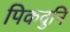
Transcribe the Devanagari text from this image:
पिकवुनि